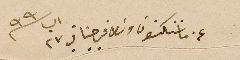
عن ماننكتون وسَط فيرجنيا في ٢٣ اب سنة ٩٩